Calcutta medical institutions reports 1871-78
Year: 1871
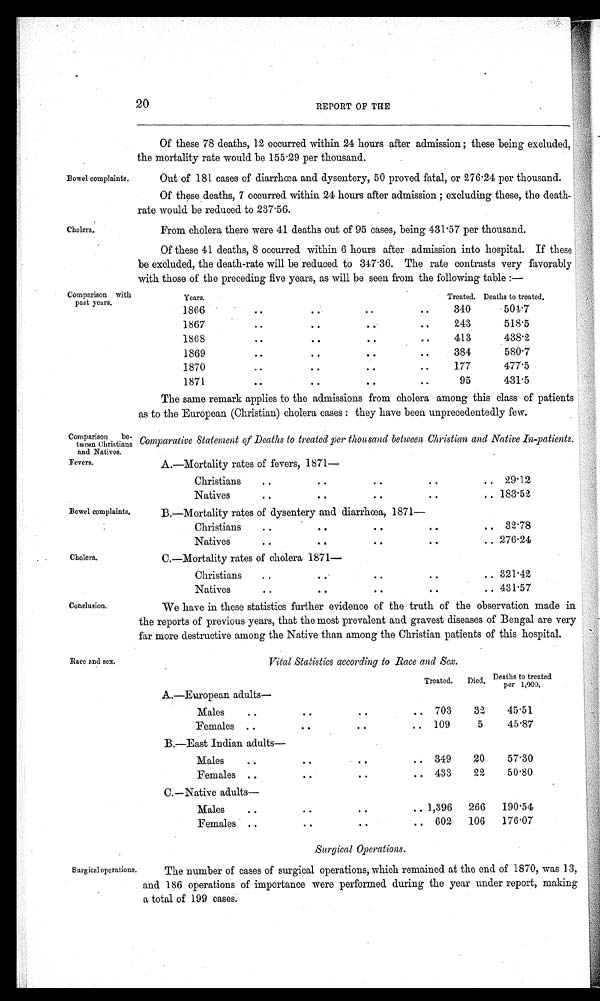
A.—Mortality rates of fevers, 1871—
Christians
..
.. ...
..
.. 29.12
Natives .. .. ..
..
.. 183.52
B.—Mortality rates of dysentery and diarrhoea, 1871—
Christians .. .. ..
..
..
32.78
Natives .. . . . .
. . . .
..
.. 276.24
C.—Mortality rates of cholera 1871
Christians .. .. ..
..
.. 321.42
Natives .. . .
. .
..
.. 431.57
Fevers,
Bowel complaints.
Cholera.
20
REPORT OF THE
Bowel complaints.
Cholera.
Comparison with
past years.
Comparison be
tween Christians
and Natives.
Of these 78 deaths, 12 occurred within 24 hours after admission ; these being excluded,
the mortality rate would be 155.29 per thousand.
Out of 181 cases of diarrhoea and dysentery, 50 proved fatal, or 276.24 per thousand.
Of these deaths, 7 occurred within 24 hours after admission ; excluding these, the death-
rate would be reduced to 237.56.
From cholera there were 41 deaths out of 95 cases, being 431.57 per thousand.
Of these 41 deaths, 8 occurred within 6 hours after admission into hospital. If these
be excluded, the death-rate will be reduced to 347.36. The rate contrasts very favorably
with those of the preceding five years, as will be seen from the following table :—
Years.
Treated. Deaths to treated.
1866
..
..
..
..
340
504.7
1867
..
..
..
..
243
518.5
1868
..
..
..
..
413
438.2
1869
..
..
..
..
384
580.7
1870
..
..
..
..
177
477.5
1871
..
..
..
..
95
431.5
The same remark applies to the admissions from cholera among this class of patients
as to the European (Christian) cholera cases : they have been unprecedentedly few.
Comparative Statement of Deaths to treated per thousand between Christian and Native In-patients.
Conclusion,
Race and sex,
We have in these statistics further evidence of the truth of the observation made in
the reports of previous years, that the most prevalent and. gravest diseases of Bengal are very
far more destructive among the Native than among the Christian patients of this hospital.
Vital Statistics according to Race and Sex.
Treated. Died. Deaths
to treatedp
A.—European adults
Males
..
..
..
..
703
32
45.51
Females .
..
..
.. 109
5
45.87
B.—East Indian adults
Males. .
..
..
.. 349
20
57.30
Females .
..
..
.. 433
22
50.80
C.—Native adults
Males
. .
..
..
.. 1,396
266
190.54
Females ..
..
..
..
602
106
176.07
Surgical Operations.
Surgical operations.
The number of cases of surgical operations, which remained at the end of 1870, was 13,
and 186 operations of importance were performed during the year under report, making
a total of 199 cases.